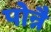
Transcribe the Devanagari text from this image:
पोन्नै